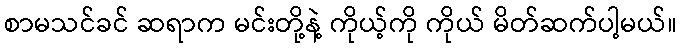
စာမသင်ခင် ဆရာက မင်းတို့နဲ့ ကိုယ့်ကို ကိုယ် မိတ်ဆက်ပါ့မယ်။